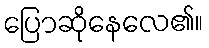
ပြောဆိုနေလေ၏။